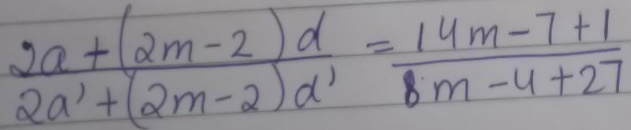
\[\frac{2a+(2m - 2)d}{2a'+(2m - 2)d'}=\frac{14m - 7 + 1}{8m - 4+27}\]